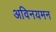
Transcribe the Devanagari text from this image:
अविनयमन